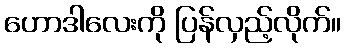
ဟောဒါလေးကို ပြန်လှည့်လိုက်။